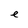
Character: e